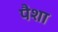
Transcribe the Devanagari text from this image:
पैशा